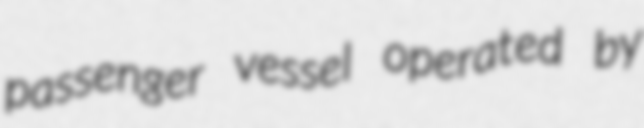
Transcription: passenger vessel operated by